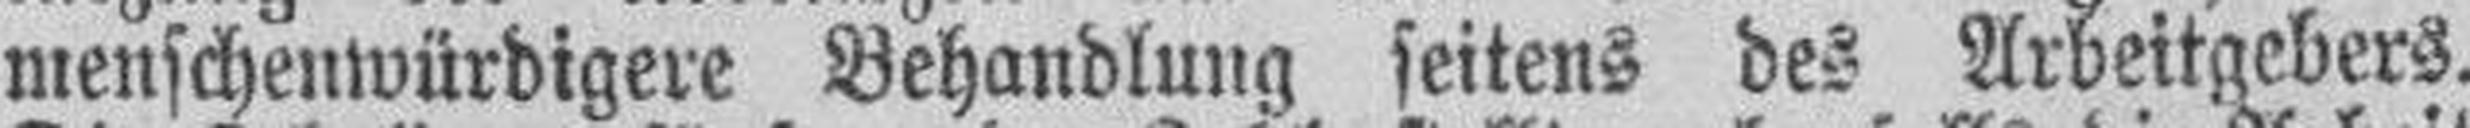
nienschenwürdigere Behandlung seitens des Arbeitgebers.